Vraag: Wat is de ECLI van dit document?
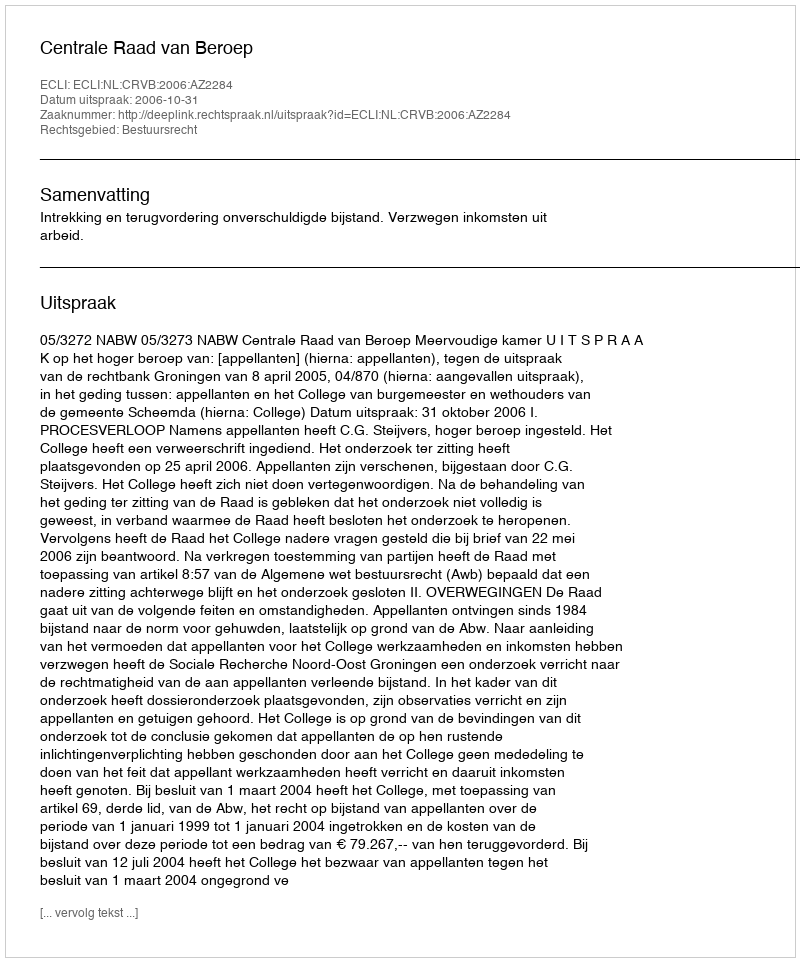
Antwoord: ECLI:NL:CRVB:2006:AZ2284